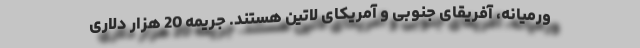
ورمیانه، آفریقای جنوبی و آمریکای لاتین هستند. جریمه 20 هزار دلاری